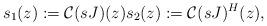
LaTeX: \begin{align*}s_1(z):=\mathcal{C}(sJ)(z) s_2(z):=\mathcal{C}(sJ)^{H}(z),\end{align*}